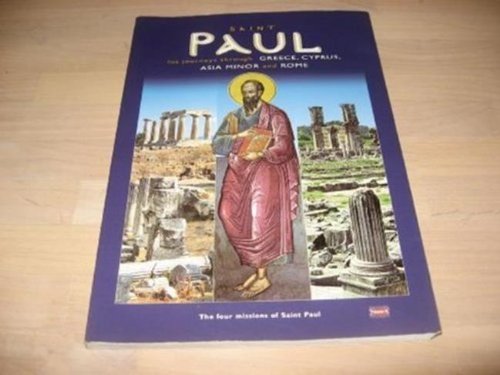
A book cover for Saint Paul His Journeys Through Greece, Cyprus, Asia Minor and Rome; Litsa Hadjifoti; Travel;